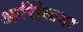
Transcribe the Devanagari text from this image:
आरोिळया